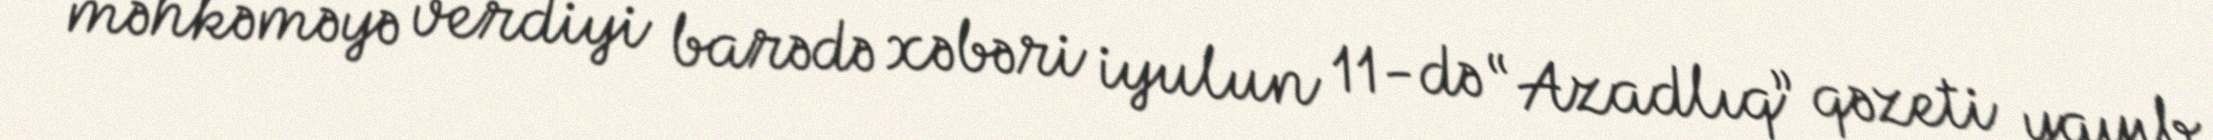
məhkəməyə verdiyi barədə xəbəri iyulun 11-də “Azadlıq” qəzeti yayıb.